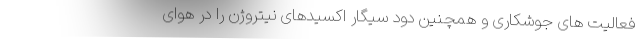
فعالیت های جوشکاری و همچنین دود سیگار اکسیدهای نیتروژن را در هوای